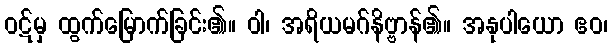
ဝဋ်မှ ထွက်မြောက်ခြင်း၏။ ဝါ၊ အရိယမဂ်နိဗ္ဗာန်၏။ အနုပါယော ဧဝ၊